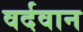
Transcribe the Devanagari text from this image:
वर्दवान